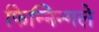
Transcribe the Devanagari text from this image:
फिन्निन्गले